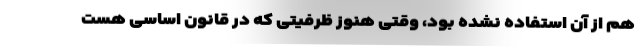
هم از آن استفاده نشده بود، وقتی هنوز ظرفیتی که در قانون اساسی هست